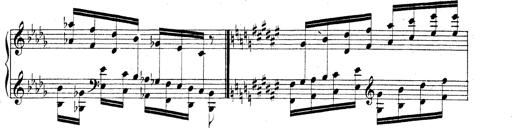
Title: Technische Studien
Composer: Franz Liszt